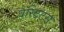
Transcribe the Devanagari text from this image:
वेस्टिटस